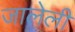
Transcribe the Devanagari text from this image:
जालेली